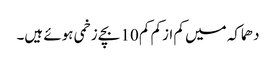
دھماکہ میں کم ازکم کم 10 بچے زخمی ہوئے ہیں۔